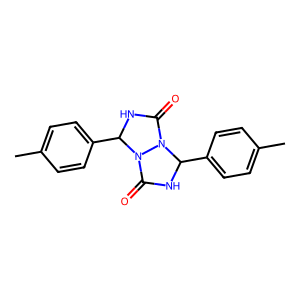
SMILES: Cc1ccc(C2NC(=O)N3C(c4ccc(C)cc4)NC(=O)N23)cc1
Inhibits HIV replication: No